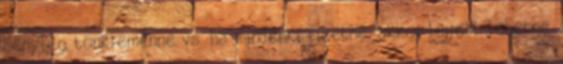
tényleg tönkremenne vs. ha mindenki fizetné, akkor lejjebb lehetne